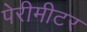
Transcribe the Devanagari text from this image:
पेरीमीटर